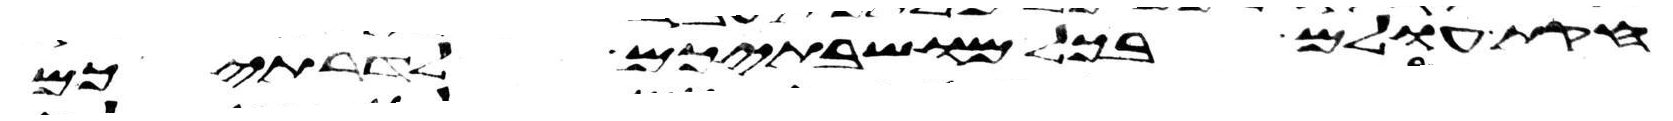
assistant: חקות עולם בכל מושבתיכם לדרתיכם